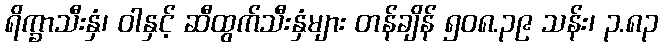
ရိက္ခာသီးနှံ၊ ဝါနှင့် ဆီထွက်သီးနှံများ တန်ချိန် ၅၀၈.၃၉ သန်း၊ ၃.၈၃